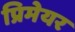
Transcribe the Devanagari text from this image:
प्रिमेयर